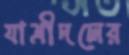
যাত্রীদলের